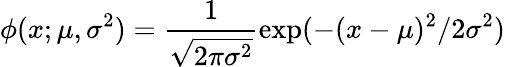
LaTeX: \phi(x;\mu,\sigma^{2})=\frac{1}{\sqrt{2\pi\sigma^{2}}}\exp(-(x-\mu)^{2}/2\sigma^{2})